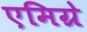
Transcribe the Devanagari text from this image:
एमिग्रे